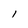
Character: I